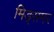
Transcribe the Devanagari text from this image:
मिड्‌समर